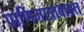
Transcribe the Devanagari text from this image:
प्राणिमात्राबाबत